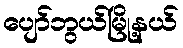
ပျော်ဘွယ်မြို့နယ်